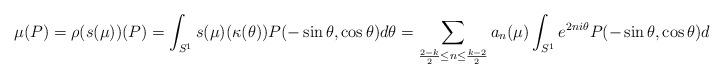
LaTeX: \begin{align*}\mu(P)=\rho(s(\mu))(P)=\int_{S^1}s(\mu)(\kappa(\theta))P(-\sin\theta,\cos\theta)d\theta=\sum_{\frac{2-k}{2}\leq n\leq\frac{k-2}{2}}a_n(\mu)\int_{S^1}e^{2ni\theta}P(-\sin\theta,\cos\theta)d\theta.\end{align*}